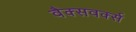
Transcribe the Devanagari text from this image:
वैक्सवर्क्स